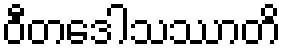
ဝီတဒေါသဿာတိ